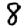
Digit: 8